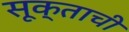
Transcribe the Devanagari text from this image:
सूक्ताची